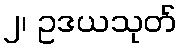
၂၊ ဥဒယသုတ်